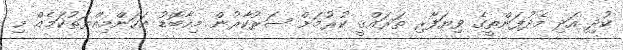
ކުދި އަދި މެދުފަންތީގެ ވިޔަފާރި ތަރައްޤީ ކުރުމަށް ސަރުކާރުން މިހާބޮޑު އަހަންމިއްޔަތުކަމެއް މި